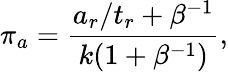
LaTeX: \pi_{a}=\frac{a_{r}/t_{r}+\beta^{-1}}{k(1+\beta^{-1})},